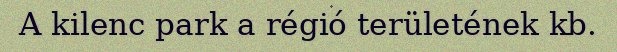
A kilenc park a régió területének kb.